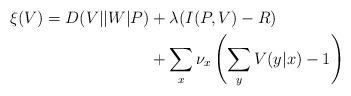
LaTeX: \begin{align*}\xi(V) = D(V||W|P) &+ \lambda (I(P,V) - R) \\&+ \sum_x \nu_x \left(\sum_y V(y|x) - 1\right)\end{align*}